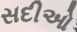
સદીઓ